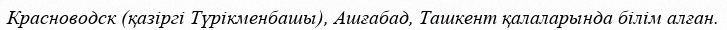
Красноводск (қазіргі Түрікменбашы), Ашғабад, Ташкент қалаларында білім алған.